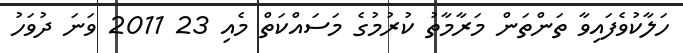
ހަލާކުވެފައިވާ ތަންތަން މަރާމާތު ކުރުމުގެ މަސައްކަތް މެއި 23 2011 ވަނަ ދުވަހު